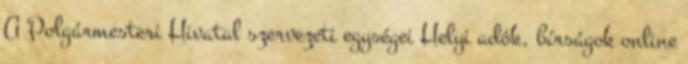
A Polgármesteri Hivatal szervezeti egységei Helyi adók, bírságok online